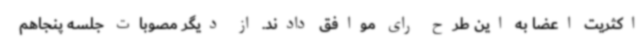
اکثریت اعضا به این طرح رای موافق دادند. از دیگر مصوبات جلسه پنجاهم